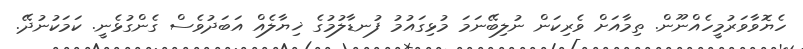
ހެޔޮވާވަރުމީހެއްނޫން. ތިމާއަށް ވެރިކަން ނުލިބޭނަމަ މުޅިގައުމު ފުނޑާލުމުގެ ޚިޔާލެއް އަބަދުވެސް ގެންގުޅެނީ. ކަމަކުނުދޭ.